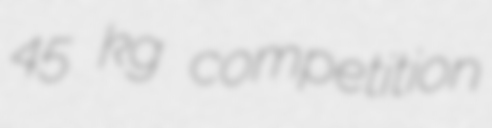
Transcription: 45 kg competition